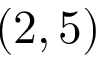
( 2 , 5 )